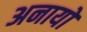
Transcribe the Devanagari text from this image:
अनायों